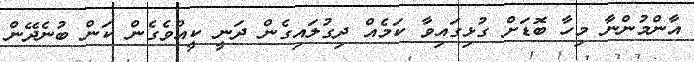
އާންމުންނާ މިހާ ބޮޑަށް ގުޅިގައިވާ ކަމެއް ދިގުލައިގެން ދަނީ ކީއްވެގެން ކަން ބުނެދޭން